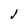
Character: J